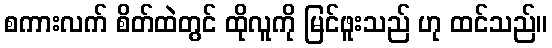
စကားလက် စိတ်ထဲတွင် ထိုလူကို မြင်ဖူးသည် ဟု ထင်သည်။